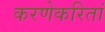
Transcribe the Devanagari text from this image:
करणेकरितां